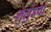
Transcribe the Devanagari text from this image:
मुलुंडचा